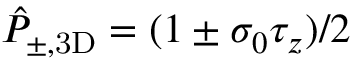
\hat { P } _ { \pm , \mathrm { 3 D } } = ( 1 \pm \sigma _ { 0 } \tau _ { z } ) / 2